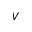
V